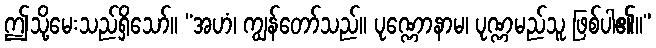
ဤသို့မေးသည်ရှိသော်။ “အဟံ၊ ကျွန်တော်သည်။ ပုဏ္ဏောနာမ၊ ပုဏ္ဏမည်သူ ဖြစ်ပါ၏။”